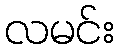
လမင်း